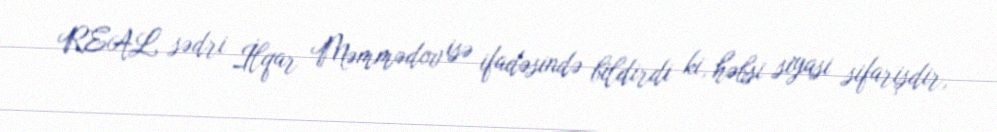
REAL sədri İlqar Məmmədov isə ifadəsində bildirdi ki, həbsi siyasi sifarişdir,